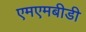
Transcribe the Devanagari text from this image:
एमएमबीडी